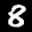
Label: 8